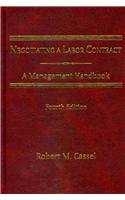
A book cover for Negotiating a Labor Contract: A Management Handbook, Fourth Edition; Charles M. Cassel; Law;